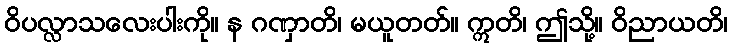
ဝိပလ္လာသလေးပါးကို။ န ဂဏှာတိ၊ မယူတတ်။ ဣတိ၊ ဤသို့။ ဝိညာယတိ၊